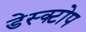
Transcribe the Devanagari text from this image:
डेस्क्टोप